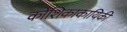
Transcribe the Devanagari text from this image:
कोशिकाकायिकी